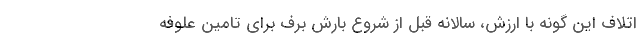
اتلاف این گونه با ارزش، سالانه قبل از شروع بارش برف برای تامین علوفه